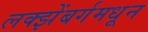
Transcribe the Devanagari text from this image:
लक्झेंबर्गमधून